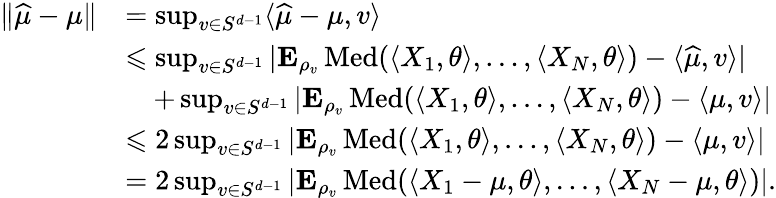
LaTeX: \begin{array}{rl}{\| \widehat{\mu}-\mu\| }&{=\operatorname*{sup}_{v\in S^{d-1}}\langle\widehat{\mu}-\mu,v\rangle}\\ &{\leqslant\operatorname*{sup}_{v\in S^{d-1}}|{\mathbf E}_{\rho_{v}}\operatorname{Med}(\langle X_{1},\theta\rangle,\ldots,\langle X_{N},\theta\rangle)-\langle\widehat{\mu},v\rangle|}\\ &{\quad+\operatorname*{sup}_{v\in S^{d-1}}|{\mathbf E}_{\rho_{v}}\operatorname{Med}(\langle X_{1},\theta\rangle,\ldots,\langle X_{N},\theta\rangle)-\langle\mu,v\rangle|}\\ &{\leqslant 2\operatorname*{sup}_{v\in S^{d-1}}|{\mathbf E}_{\rho_{v}}\operatorname{Med}(\langle X_{1},\theta\rangle,\ldots,\langle X_{N},\theta\rangle)-\langle\mu,v\rangle|}\\ &{=2\operatorname*{sup}_{v\in S^{d-1}}|{\mathbf E}_{\rho_{v}}\operatorname{Med}(\langle X_{1}-\mu,\theta\rangle,\ldots,\langle X_{N}-\mu,\theta\rangle)|.}\end{array}